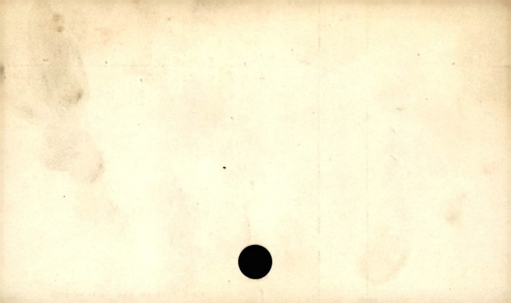
Label: blank